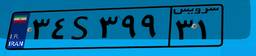
۹۲S۵۴۴۱۰